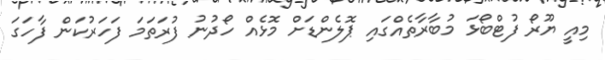
މިއީ ޔޫރޯ ފުޓްބޯޅަ މުބާރާތެއްގައި ޕޮލެންޑަށް މޮޅެއް ހޯދުނު ފުރަތަމަ ފަހަރުކަން ފާހަގަ